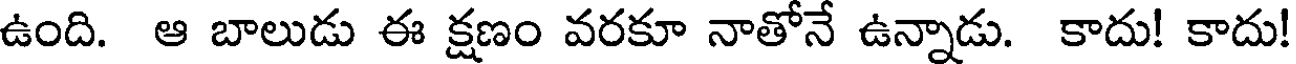
ఉంది. ఆ బాలుడు ఈ క్షణం వరకూ నాతోనే ఉన్నాడు. కాదు! కాదు!